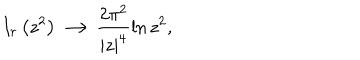
I _ { r } \left( z ^ { 2 } \right) \longrightarrow \frac { 2 \pi ^ { 2 } } { | z | ^ { 4 } } \ln z ^ { 2 } ,